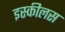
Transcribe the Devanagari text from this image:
इस्कीलस